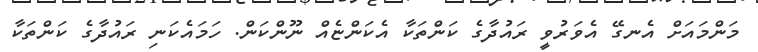
މަންމައަށް އެނގޭ އެވަރުވީ ރައުދާގެ ކަންތަކާ އެކަންޏެއް ނޫންކަން. ހަމައެކަނި ރައުދާގެ ކަންތަކާ